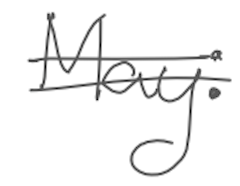
Text: May:
Cross-out: double-line
Writing tool: digital_gray